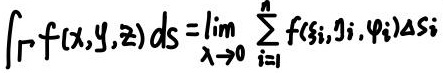
$$\int_{\varGamma} f(x,y,z) \, ds = \lim_{\lambda \to 0} \sum_{i = 1}^{n} f(\xi_i,\eta_i,\varphi_i) \Delta s_i$$